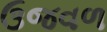
ઉજવળ